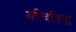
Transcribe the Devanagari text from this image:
अन्वितियां